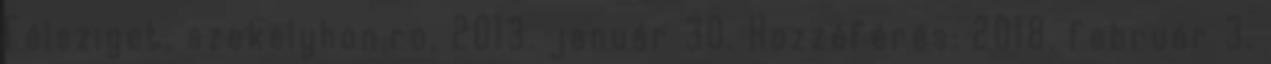
Félsziget. szekelyhon.ro, 2013. január 30. Hozzáférés: 2018. február 3.